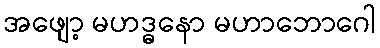
အဖျော့ မဟဒ္ဓနော မဟာဘောဂေါ